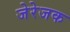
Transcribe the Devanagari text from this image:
जेरेजक